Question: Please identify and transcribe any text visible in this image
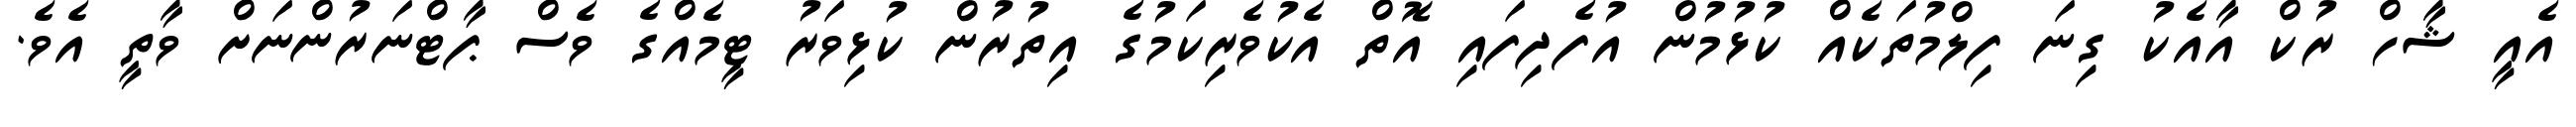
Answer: އެއީ ޝާހް ރުކް އާއެކު ގިނަ ފިލްމުތަކެއް ކުޅުމުން އުފެދިފައި އޮތް އެކުވެރިކަމުގެ އިތުރުން ކުޅިވަރު ޓީމެއްގެ ވެސް ޕާޓްނަރުންނަށް ވާތީ އެވެ.